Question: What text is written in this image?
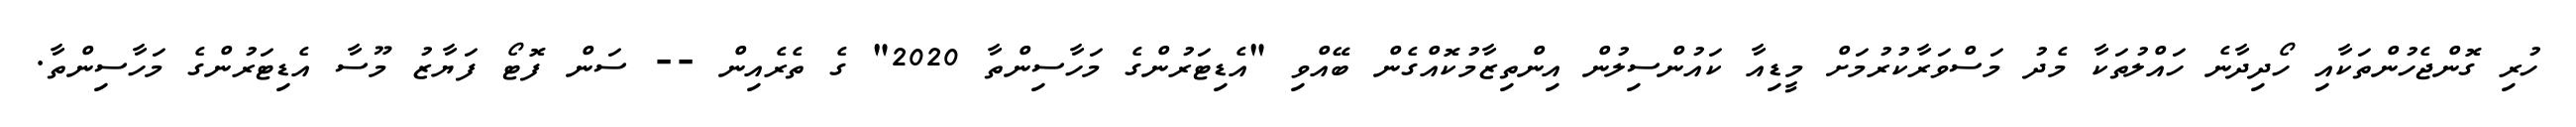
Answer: ހުރި ގޮންޖެހުންތަކާއި ހޯދިދާނެ ހައްލުތަކާ މެދު މަސްވަރާކުރުމަށް މީޑިއާ ކައުންސިލުން އިންތިޒާމުކޮއްގެން ބޭއްވި "އެޑިޓަރުންގެ މަހާސިންތާ 2020" ގެ ތެރެއިން -- ސަން ފޮޓޯ ފަޔާޒު މޫސާ އެޑިޓަރުންގެ މަހާސިންތާ.